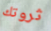
ثروتك